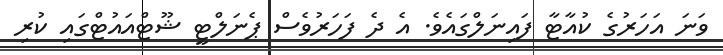
ވަނަ އަހަރުގެ ކުއާޓާ ފައިނަލްގައެވެ. އެ ދެ ފަހަރުވެސް ޕެނަލްޓީ ޝޫޓްއައުޓްގައި ކުރި